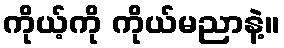
ကိုယ့်ကို ကိုယ်မညာနဲ့။